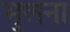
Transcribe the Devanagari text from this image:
भुलना